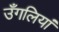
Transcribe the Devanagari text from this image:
उँगलियां